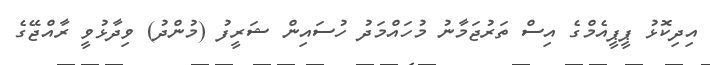
އިދިކޮޅު ޕީޕީއެމްގެ އިސް ތަރުޖަމާނު މުހައްމަދު ހުސައިން ޝަރީފު (މުންދު) ވިދާޅުވީ ރާއްޖޭގެ